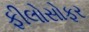
ફીલોસોફર